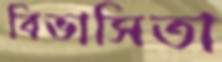
বিভাসিতা